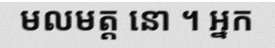
មលមត្ត នោ ។ ឣ្នក